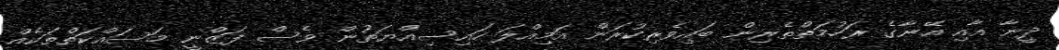
ދީނާ އާއި އޭނާގެ ރަހުމަތްތެރިން ބައިވެރިކުރަން އަމިއްލަ ހައިސިއްޔަތުން ވެސް ފަޒްނީ މަސައްކަތްތަކެއް